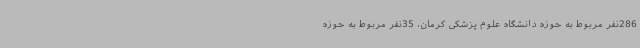
286نفر مربوط به حوزه دانشگاه علوم پزشکی کرمان، 35نفر مربوط به حوزه